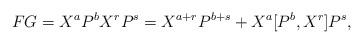
LaTeX: \begin{align*}FG=X^aP^bX^rP^s = X^{a+r}P^{b+s} + X^a[P^b,X^r]P^s,\end{align*}